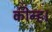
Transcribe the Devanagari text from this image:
कीन्‍ह।